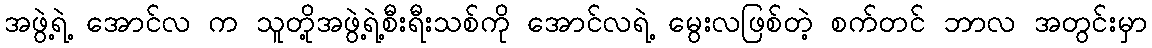
အဖွဲ့ရဲ့ အောင်လ က သူတို့အဖွဲ့ရဲ့စီးရီးသစ်ကို အောင်လရဲ့ မွေးလဖြစ်တဲ့ စက်တင် ဘာလ အတွင်းမှာ